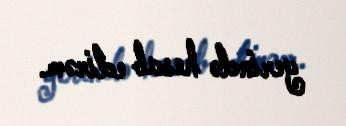
yerində hesab edirəm.